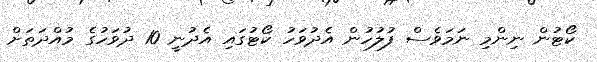
ކޯޓުން ނިންމި ނަމަވެސް ފުލުހުން އެދުވަހު ކޯޓުގައި އެދުނީ 10 ދުވަހުގެ މުއްދަތަށް